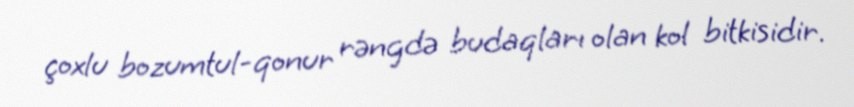
çoxlu bozumtul-qonur rəngdə budaqları olan kol bitkisidir.